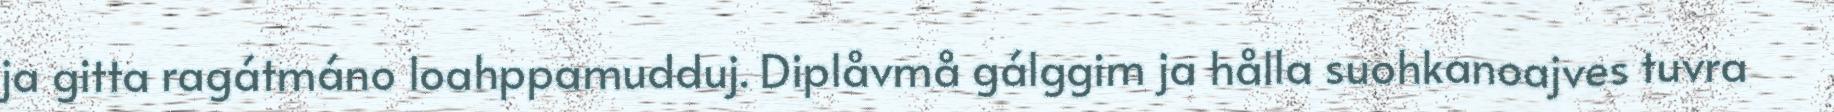
ja gitta ragátmáno loahppamudduj. Diplåvmå gálggim ja hålla suohkanoajves tuvra